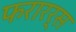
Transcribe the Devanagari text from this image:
फरारर्स